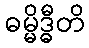
ဓမ္မိဒ္ဓီတိ